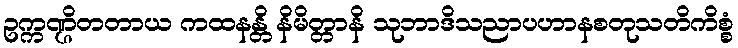
ဥက္ကဏ္ဌိတတာယ ကထနန္တိ နိမိတ္တာနိ သုဘာဒိသညာပဟာနစတုသတိကိစ္စံ